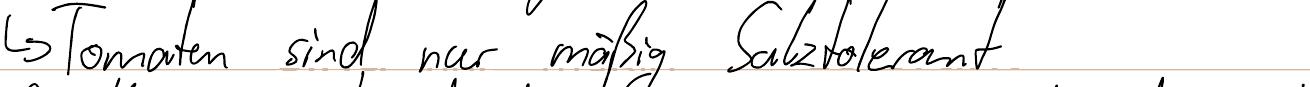
-> Tomaten sind nur mäßig Salztolerant